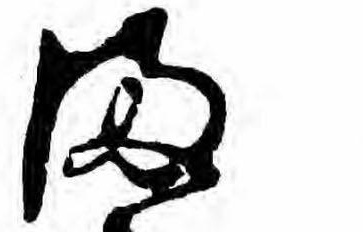
ま